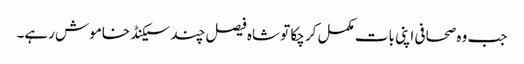
جب وہ صحافی اپنی بات مکمل کر چکا تو شاہ فیصل چند سیکنڈ خاموش رہے۔